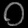
Digit: ၀